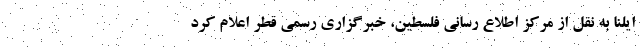
ایلنا به نقل از مرکز اطلاع رسانی فلسطین، خبرگزاری رسمی قطر اعلام کرد